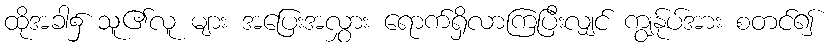
ထိုအခါ၌ သူ၏လူ များ အပြေးအလွှား ရောက်ရှိလာကြပြီးလျှင် ကျွန်ုပ်အား စတင်၍